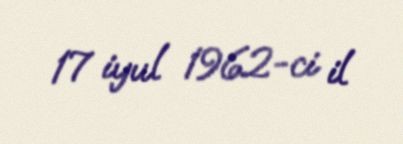
17 iyul 1962-ci il